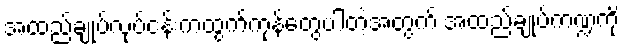
အထည်ချုပ်လုပ်ငန်းကထွက်ကုန်တွေပါတဲ့အတွက် အထည်ချုပ်ကဏ္ဍကို